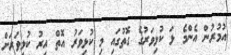
އުމުރުން އެންމެ ޅަ ކުޅިވަރުގެ ގޮތުގައި މި ކުޅިވަރު އޮތް އިރު ކުޅިވަރަށް